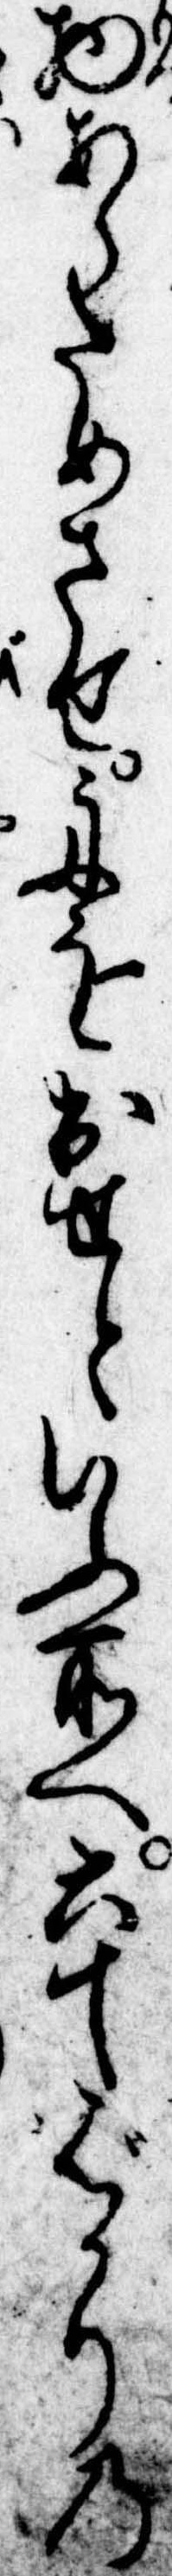
物あらためさせ舟を出せといふ所へ六十ばかりの